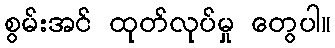
စွမ်းအင် ထုတ်လုပ်မှု တွေပါ။